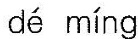
dé míng